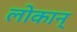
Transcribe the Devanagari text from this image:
लोकान्